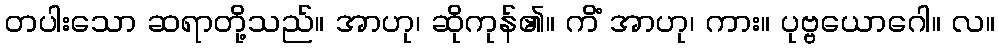
တပါးသော ဆရာတို့သည်။ အာဟု၊ ဆိုကုန်၏။ ကိံ အာဟု၊ ကား။ ပုဗ္ဗယောဂေါ။ လ။